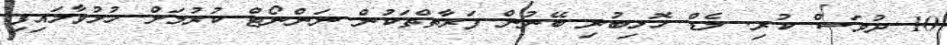
10 ދުވަސް ކުރި. ލެޑް ހޮޅިބުރި ބޭނުން ފަރާތްތަކުން ނަންނޯޓް ކުރުމަށް ހުޅުވާލައިފި